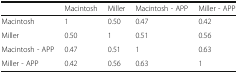
<table><thead><tr><td></td><td><b>Macintosh</b></td><td><b>Miller</b></td><td><b>Macintosh - APP</b></td><td><b>Miller - APP</b></td></tr></thead><tbody><tr><td>Macintosh</td><td>1</td><td>0.50</td><td>0.47</td><td>0.42</td></tr><tr><td>Miller</td><td>0.50</td><td>1</td><td>0.51</td><td>0.56</td></tr><tr><td>Macintosh - APP</td><td>0.47</td><td>0.51</td><td>1</td><td>0.63</td></tr><tr><td>Miller - APP</td><td>0.42</td><td>0.56</td><td>0.63</td><td>1</td></tr></tbody></table>